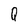
Character: Q